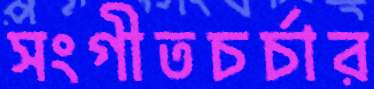
সংগীতচর্চার